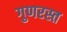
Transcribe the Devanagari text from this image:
गुणरस्त